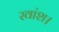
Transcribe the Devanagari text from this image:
स्वांश।